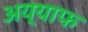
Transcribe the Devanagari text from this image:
अय्याफ